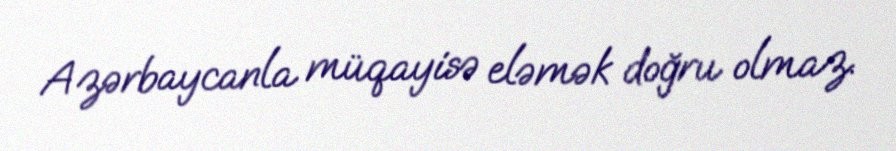
Azərbaycanla müqayisə eləmək doğru olmaz.